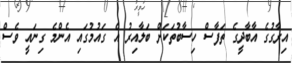
އިރާގުގެ އާބާދީގެ ތަފާސް ހިސާބުތަކަށް ބަލާއިރު އެ ގައުމުގައި އެންމެ ގިނައީ ވެސް